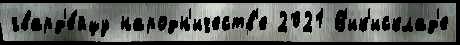
гвард'е́йцу народн'ичеств'е 2021 В'ик'исклад'е